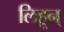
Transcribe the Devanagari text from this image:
लिहून्